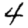
Digit: 4